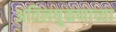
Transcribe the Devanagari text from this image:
अतिलघुकणाच्या